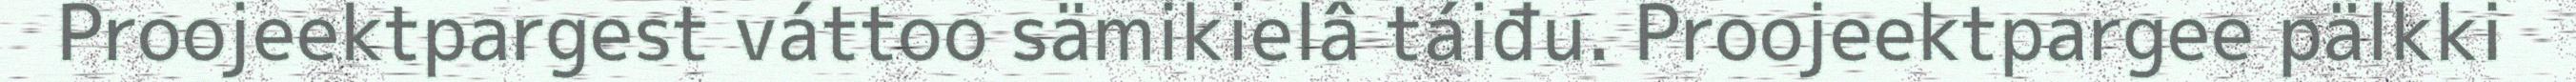
Proojeektpargest váttoo sämikielâ táiđu. Proojeektpargee pälkki